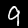
Label: 9